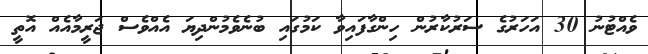
ވެއްޓުނު 30 އަހަރުގެ ސަރުކާރުން ހިންގާފައިވާ ކަމުގައި ބުނެވެމުންދިޔަ އެއްވެސް ޖަރީމާއެއް އޮތީ